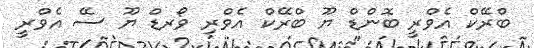
ބްރޭކް އެވްރީ ބޮންޑް ޔޫ ބްރޭކް އެވްރި ވޯރޑް ޔޫ ސޭ އެވްރީ